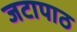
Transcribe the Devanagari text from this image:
जटापाठ